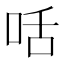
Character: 咶